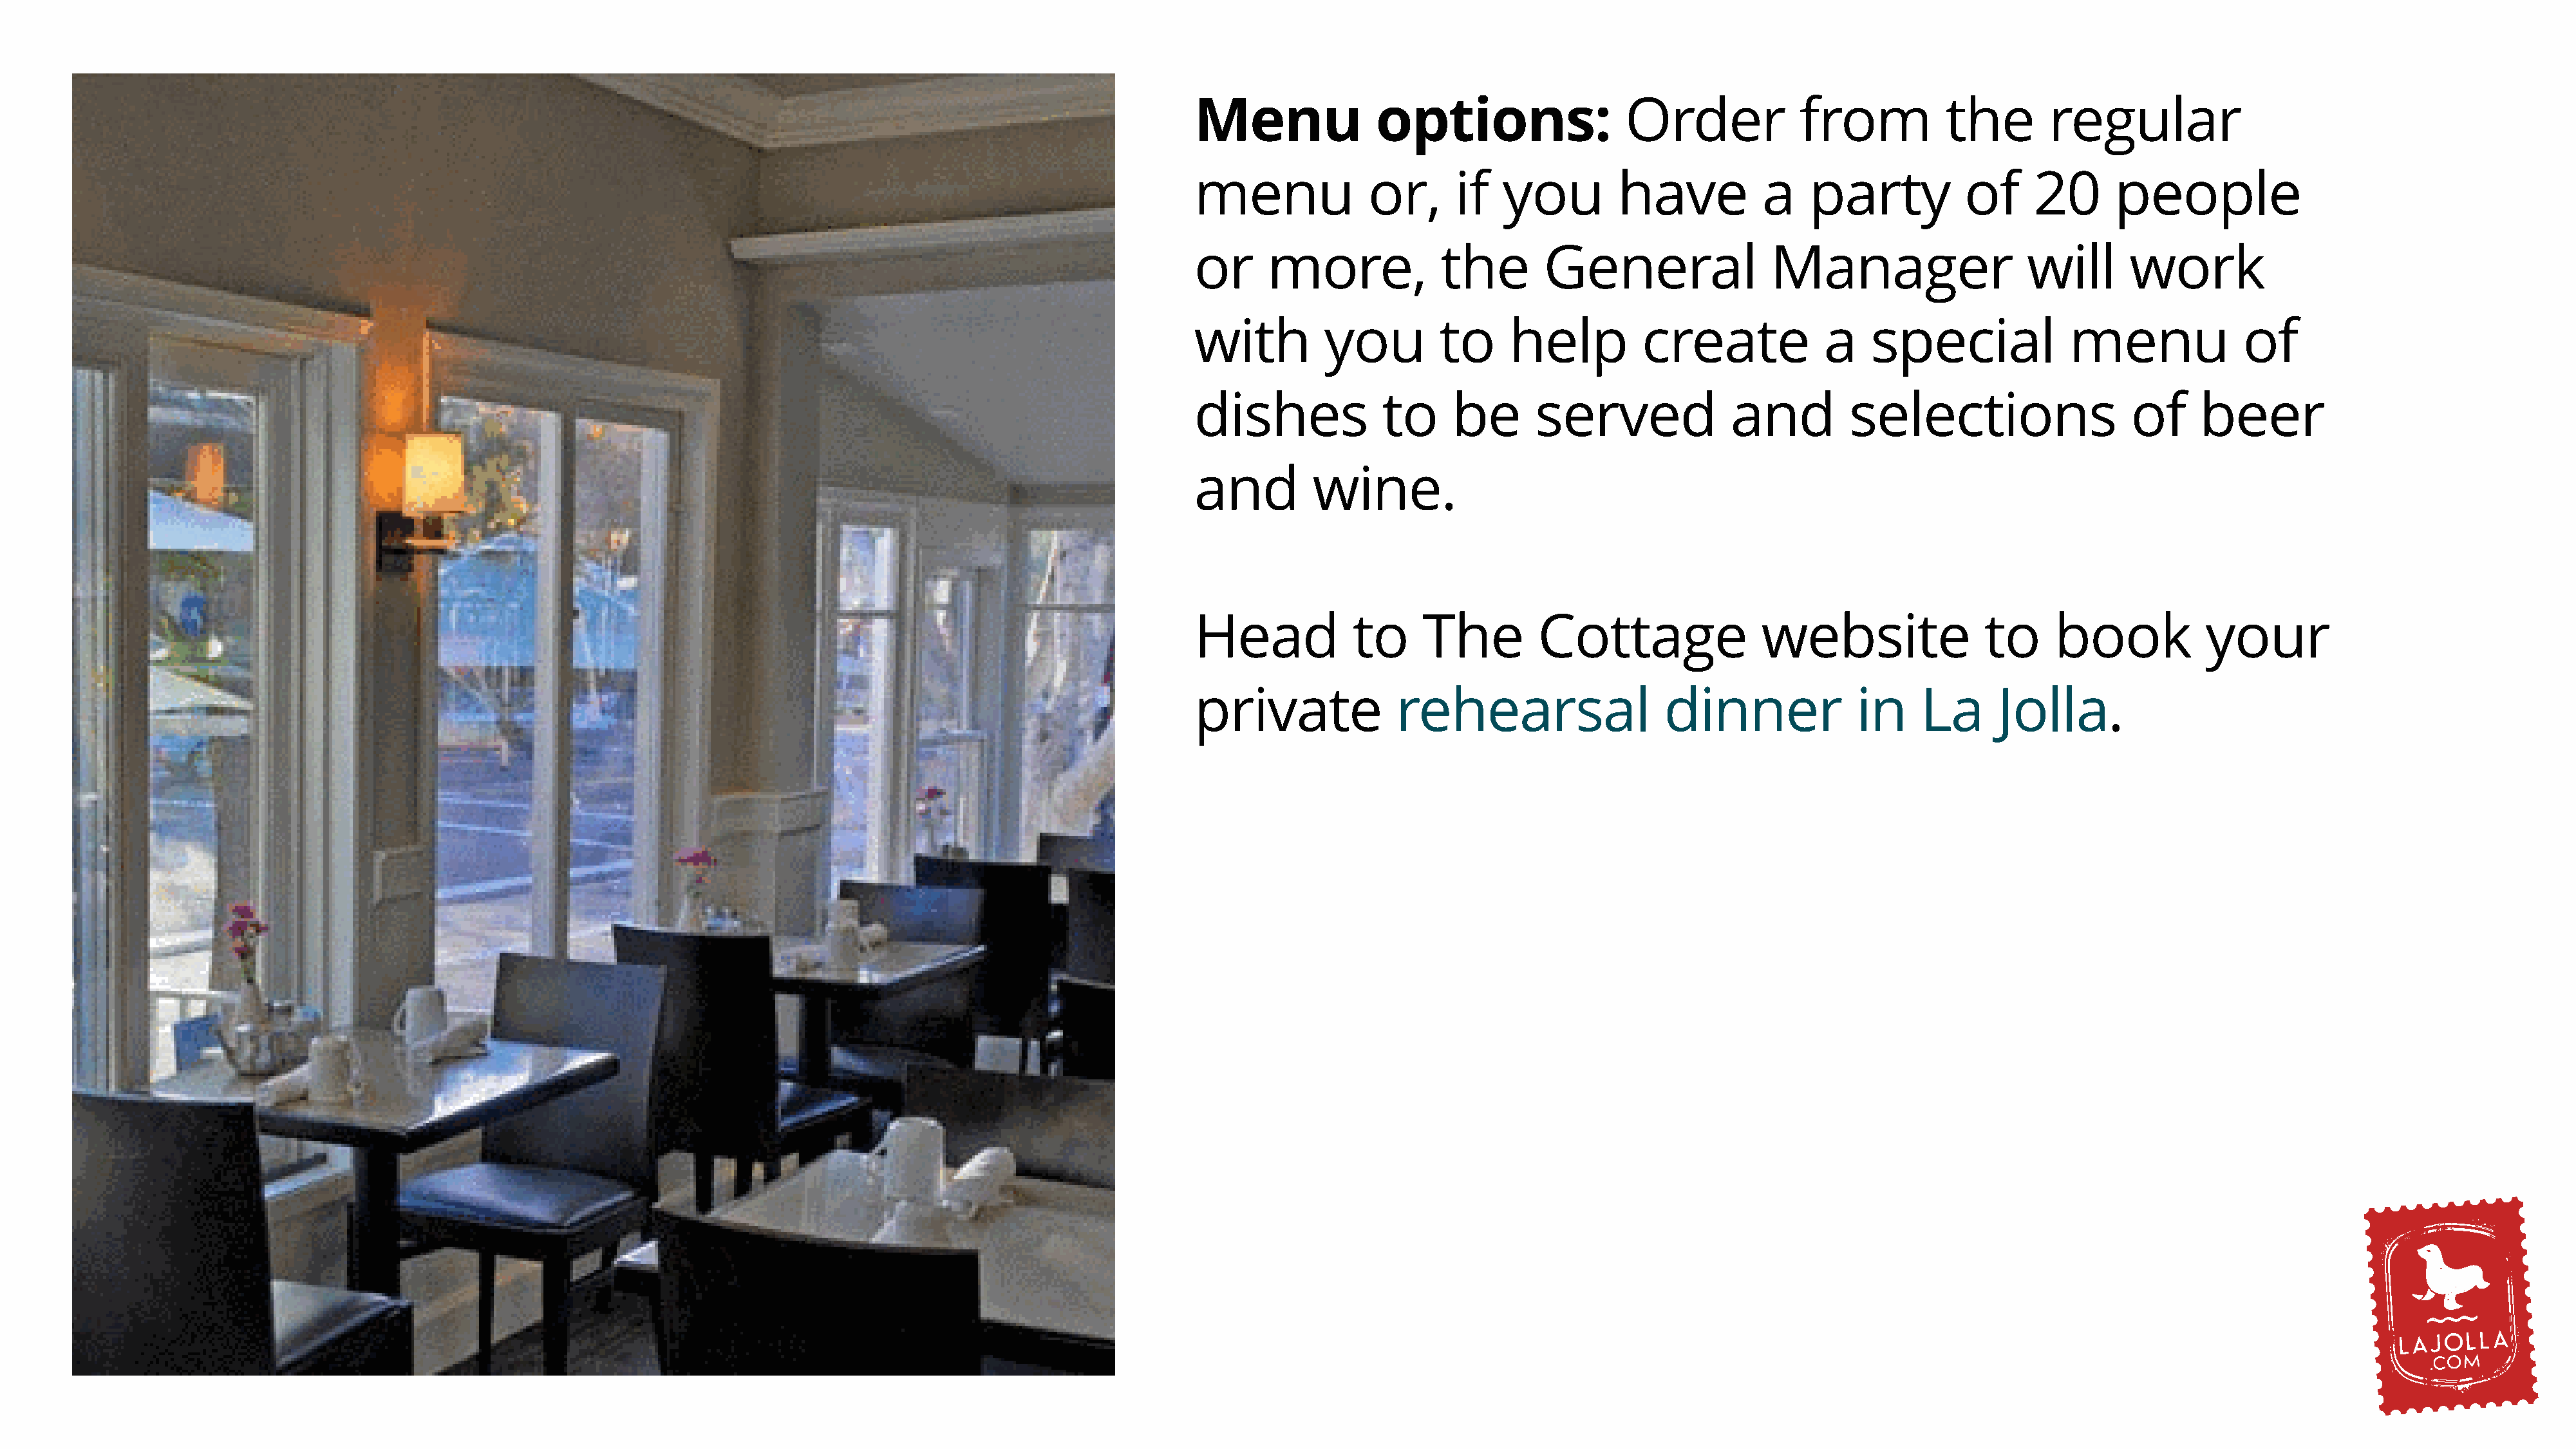
Menu              options:                  Order             from           the        regular
 menu              or,      if  you         have           a    party           of     20      people
 or     more,             the        General                Manager                   will       work
 with         you         to     help          create            a    special              menu              of
 dishes             to     be       served              and         selections                   of     beer
 and         wine.
 Head            to     The         Cottage                website                to     book            your
 private              rehearsal                  dinner              in    La      Jolla.